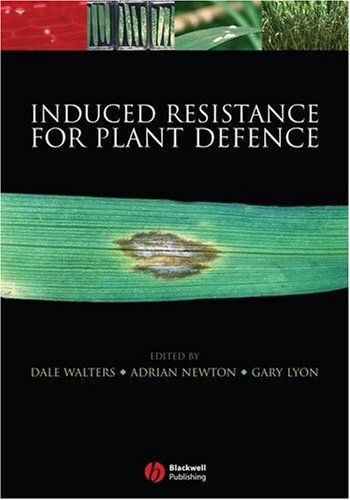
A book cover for Induced Resistance for Plant Defence: A Sustainable Approach to Crop Protection; Crafts, Hobbies & Home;